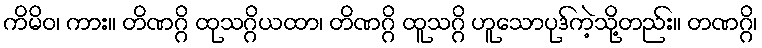
ကိမိဝ၊ ကား။ တိဏဂ္ဂိ ထုသဂ္ဂိယထာ၊ တိဏဂ္ဂိ ထူသဂ္ဂိ ဟူသောပုဒ်ကဲ့သို့တည်း။ တဏဂ္ဂိ၊